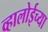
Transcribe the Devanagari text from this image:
व्हालोईच्या